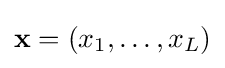
\mathbf {x} =(x_{1},\dots ,x_{L})